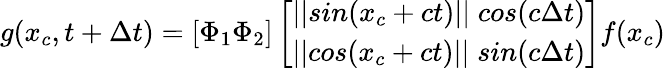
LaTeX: g(x_{c},t+\Delta t)=[\Phi_{1}\Phi_{2}]\left[\begin{array}{l}{||sin(x_{c}+ct)||\; cos(c\Delta t)}\\ {||cos(x_{c}+ct)||\; sin(c\Delta t)}\end{array}\right]f(x_{c})